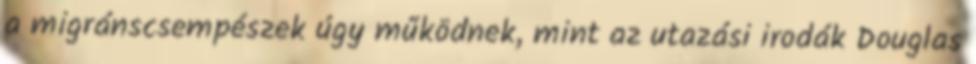
a migránscsempészek úgy működnek, mint az utazási irodák Douglas